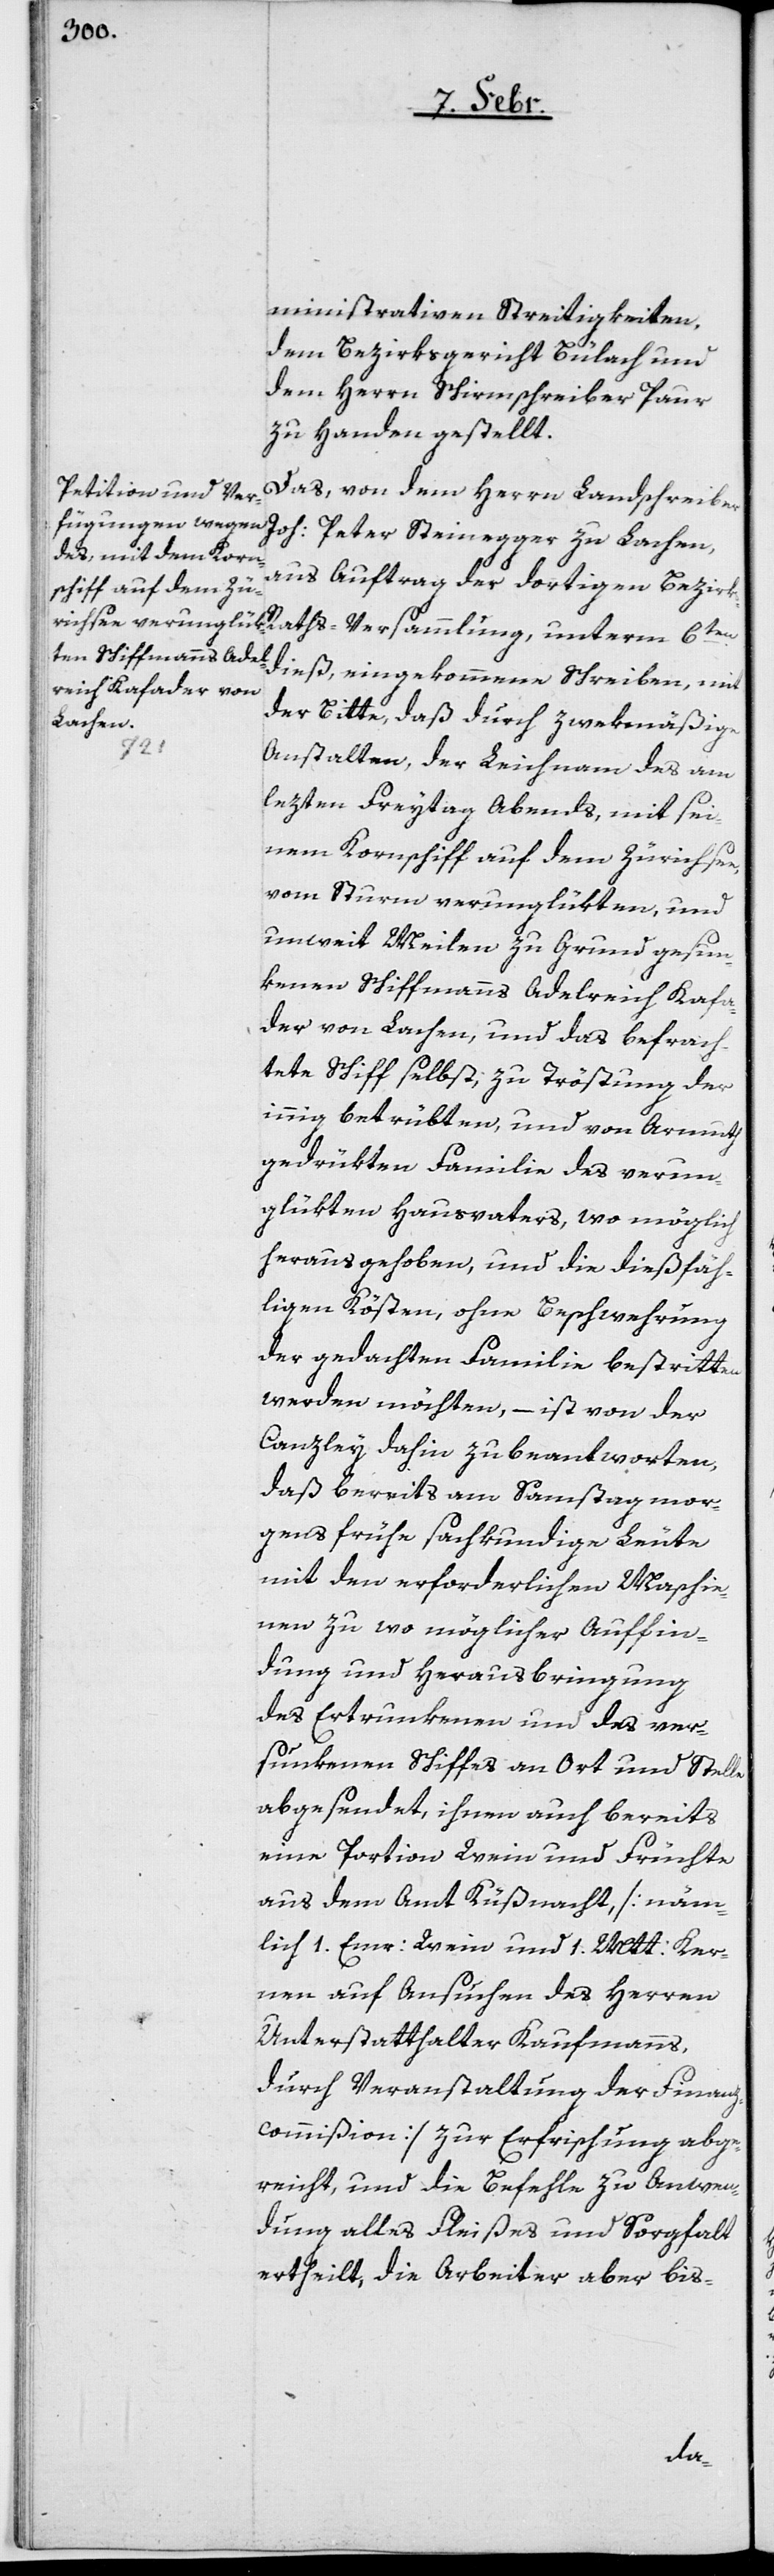
ministrativen Streitigkeiten,
dem Bezirksgericht Bülach und
dem Herrn Schirmschreiber Paur
zu Handen gestellt.
Das, von dem Herrn Landschreiber
Joh: Peter Steinegger zu Lachen,
aus Auftrag der dortigen Bezirk¬
s-Raths-Versammlung, unterm 6ten.
dieß, eingekommene Schreiben, mit
der Bitte, daß durch zwekmäßige
Anstalten, der Leichnam des am
letzten Freytag Abends mit sei¬
nem Kornschiff auf dem Zürichsee,
vom Sturm verunglükten, und
unweit Meilen zu Grund gesun¬
kenen Schiffmanns Adelreich Kafa¬
der von Lachen, und das befrach¬
tete Schiff selbst, zu Tröstung der
innig betrübten und von Armuth
gedrükten Familie des verun¬
glükten Hausvaters, wo möglich
herausgehoben, und die dießfäh¬
ligen Kösten, ohne Beschwehrung
der gedachten Familie bestritten
werden möchten, – ist von der
Canzley dahin zu beantworten,
daß bereits am Samstag mor¬
gens frühe sachkundige Leute
mit den erforderlichen Maschie¬
nen zu wo möglicher Auffin¬
dung und Herausbringung
des Ertrunkenen und des ver¬
sunkenen Schiffes an Ort und Stelle
abgesendet, ihnen auch bereits
eine Portion Wein und Früchte
aus dem Amt Küßnacht, [näm¬
lich 1. Emr: Wein und 1. Mtt: Ker¬
nen, auf Ansuchen des Herren
Unterstatthalter Kaufmanns,
durch Veranstaltung der Finanz¬
commißion] zur Erfrischung abge¬
reicht, und die Befehle zu Anwen¬
dung alles Fleißes und Sorgfalt
ertheilt, die Arbeiter aber bis-